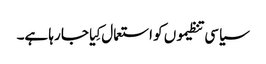
سیاسی تنظیموں کو استعمال کِیا جا رہا ہے۔